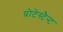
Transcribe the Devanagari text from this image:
प्रोटेस्टैन्ट